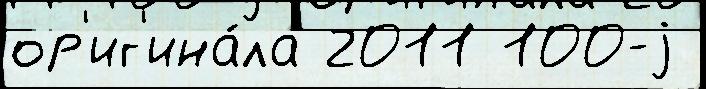
ор'иг'ина́ла 2011 100-j